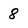
Character: 8